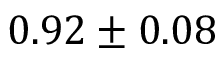
0 . 9 2 \pm 0 . 0 8